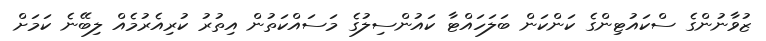
ޒުވާނުންގެ ސްކައުޓިންގެ ކަންކަން ބަލަހައްޓާ ކައުންސިލުގެ މަސައްކަތުން އިތުރު ކުރިއެރުމެއް ލިބޭނެ ކަމަށް